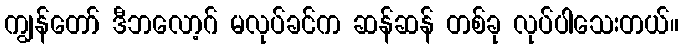
ကျွန်တော် ဒီဘလော့ဂ် မလုပ်ခင်က ဆန်ဆန် တစ်ခု လုပ်ပါသေးတယ်။